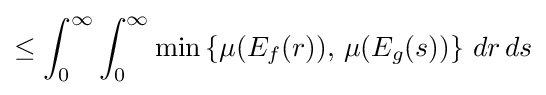
\leq \int _{0}^{\infty }\int _{0}^{\infty }\min \left\{\mu (E_{f}(r)),\,\mu (E_{g}(s))\right\}\,dr\,ds